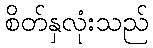
စိတ်နှလုံးသည်